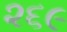
૨૬૯